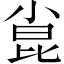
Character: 𫴾